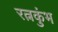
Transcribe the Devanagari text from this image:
रत्नकुंभ